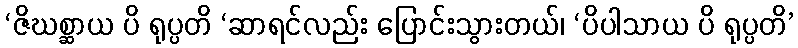
‘ဇိဃစ္ဆာယ ပိ ရုပ္ပတိ ‘ဆာရင်လည်း ပြောင်းသွားတယ်၊ ‘ပိပါသာယ ပိ ရုပ္ပတိ’